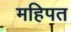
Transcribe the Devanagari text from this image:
महिपत